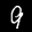
Label: 9